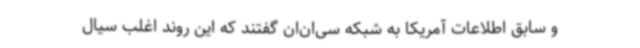
و سابق اطلاعات آمریکا به شبکه سی‌ان‌ان گفتند که این روند اغلب سیال